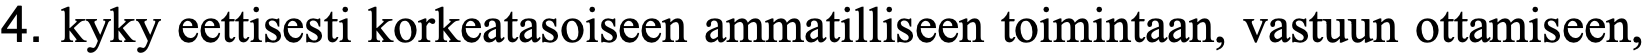
4. kyky eettisesti korkeatasoiseen ammatilliseen toimintaan, vastuun ottamiseen,